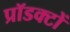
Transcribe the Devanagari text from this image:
प्रॉडक्टों